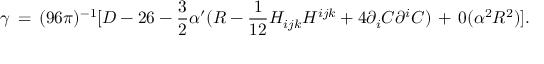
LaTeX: \gamma \, = \, ( 9 6 \pi ) ^ { - 1 } [ D - 2 6 - \frac { 3 } { 2 } \alpha ^ { \prime } ( { \cal R } - \frac { 1 } { 1 2 } H _ { i j k } H ^ { i j k } + 4 \partial _ { i } C \partial ^ { i } C ) \, + \, 0 ( \alpha ^ { 2 } { \cal R } ^ { 2 } ) ] .